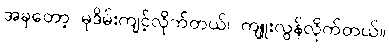
အခုတော့ မုဒိမ်းကျင့်လိုက်တယ်၊ ကျူးလွန်လိုက်တယ်။